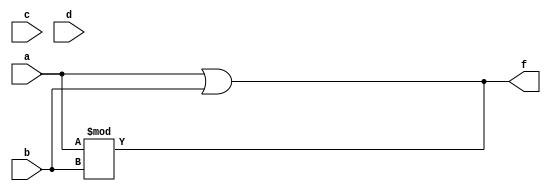
module using_wand(f, a, b, c, d);
//So in wand you do not have to define and assign wire t1 and t2.
    input a, b, c, d;
    output f;
    wand f;
    assign f = a % b;
    assign f = a | b;
endmodule